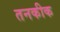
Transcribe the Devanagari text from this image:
तनकीक